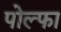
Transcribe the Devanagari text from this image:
पोल्फा